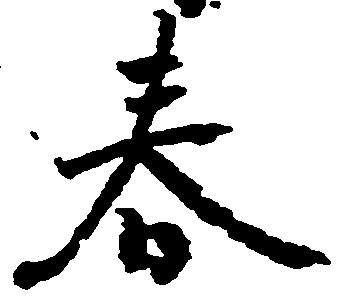
春